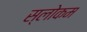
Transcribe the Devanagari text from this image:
स्‍लोकम